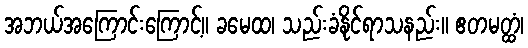
အဘယ်အကြောင်းကြောင့်။ ခမေထ၊ သည်းခံနိုင်ရာသနည်း။ ဧတမတ္ထံ၊